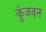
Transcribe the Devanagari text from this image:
कुंजवन